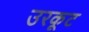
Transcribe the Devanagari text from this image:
उरकूट